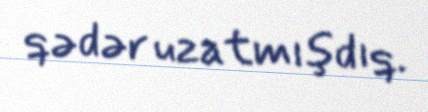
qədər uzatmışdıq.